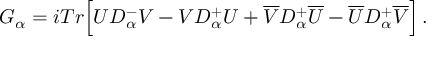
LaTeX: G _ { \alpha } = i T r \Big [ U { \cal D } _ { \alpha } ^ { - } V - V { \cal D } _ { \alpha } ^ { + } U + \overline { { V } } { \cal D } _ { \alpha } ^ { + } \overline { { U } } - \overline { { U } } { \cal D } _ { \alpha } ^ { + } \overline { { V } } \Big ] \, .